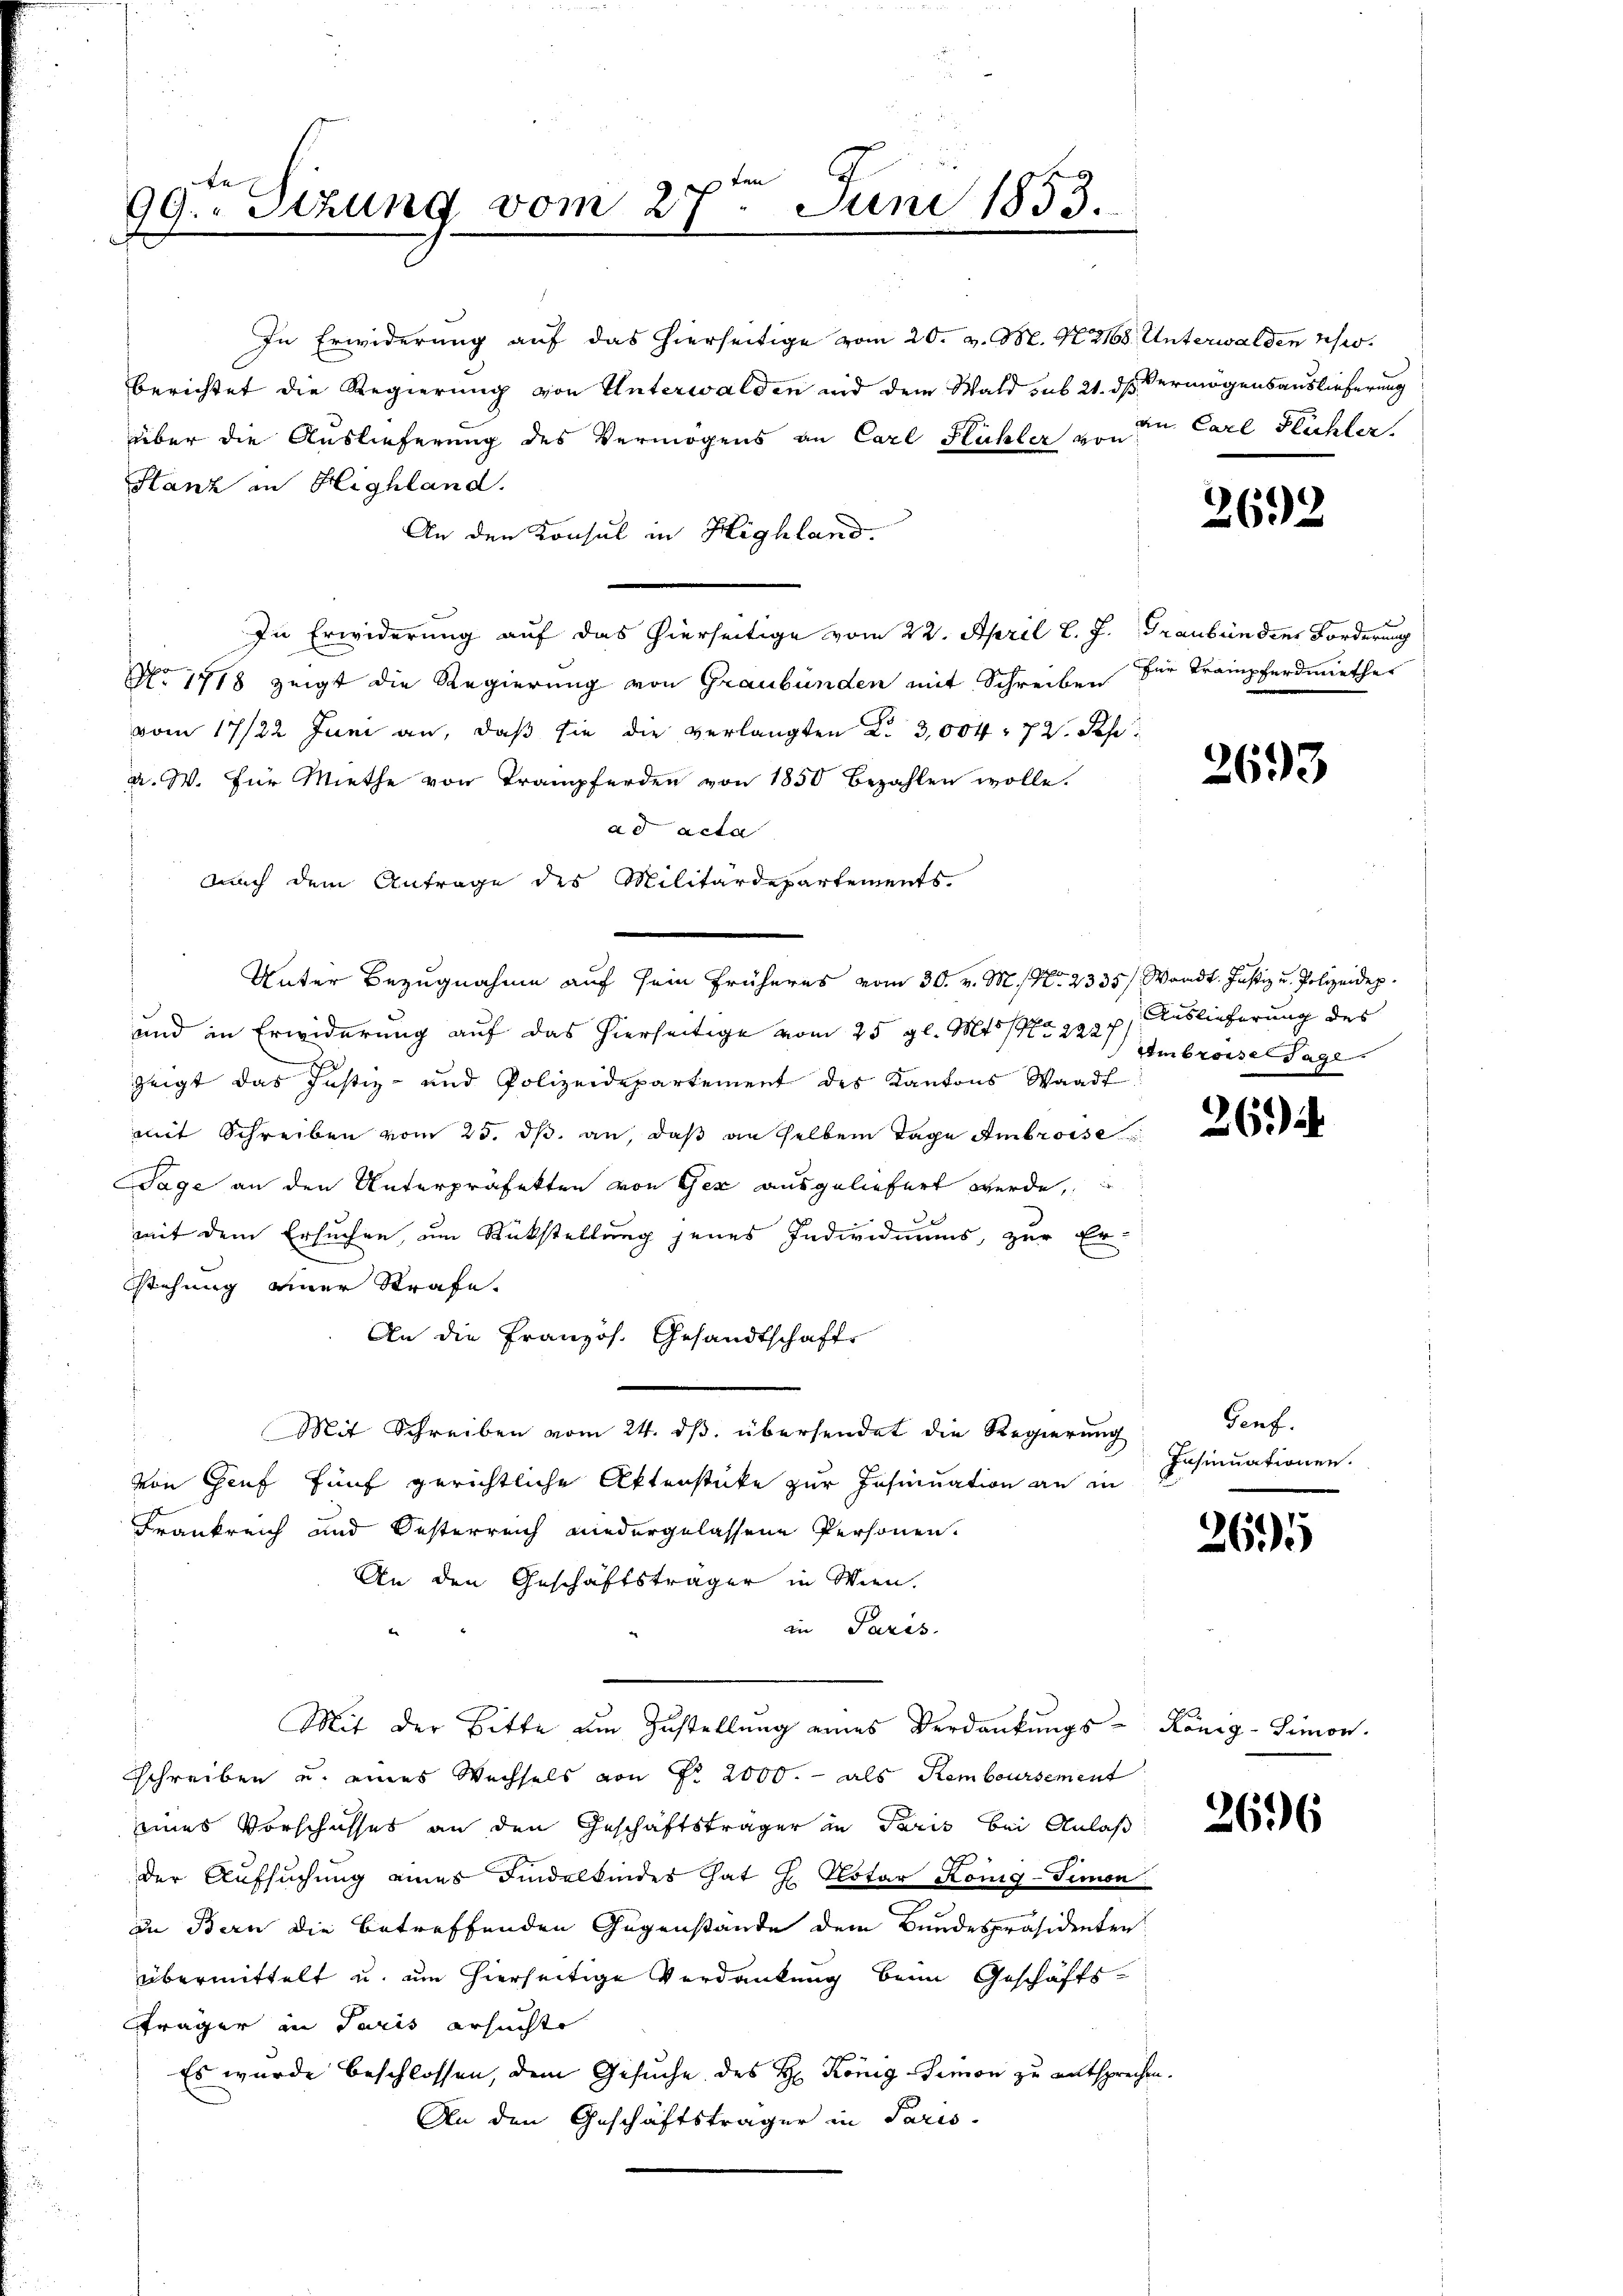
e
ten
e
99. Sitzung vom 27
Juni 1853.

In Erwiderung auf das hierseitige vom 20. v. M. N. 2108. Unterwalden usw.
berichtet die Regierung von Unterwalden und dem Wald sub 21. dß Vermögensauslieferung
über die Auslieferung des Vermögens an Carl Flühler u. in Carl Flüchter.
Stanz in Highland.
An den Konsul in Highland.
In Erwiderung auf das hierseitige vom 22. April l. J. Graubünden Forderung
No 1718 zeigt die Regierung von Graubünden mit Schreiben für Krampferdmiether
vom 17/22. Juni an, daβ sie die verlangten d. 3,004. 72. Seh
a. W. für Miethe von Trampferden von 1850 bezahlen wolle.
ad acta
nach dem Antrage des Militärdepartements
Unter Bezugnahme auf sein früheres vom 30. v. M. N. 2335/ Waadt. Justiz u. Polizeidep
und in Erwiderung auf das hierseitige vom 25. gl. Mts. S. 2227
zeigt das Justiz- und Polizeidepartement des Kantons Waadt
mit Schreiben vom 25. ds. an, daß an selben Tage Ambrosse
Tage an den Unterpräfekten von Gez ausgeliefert werde,
mit dem Ersuchen, um Rückstellung jenes Individuums, zur Er-
stehung einer Strafe.
An die Französ. Gesandtschaft
Mit Schreiben vom 24. ds. übersendet die Regierung
von Genf fünf gerichtliche Aktenstücke zur Insinuation an in
Frankreich und Oesterreich niedergelassene Personen.
An den Geschäftsträger in Wien.
in Paris.
Mit der Bitte am Zustellung eines Verdankŭngs-König-Simon
schreiben u. eines Wechsels von Fr. 2000.- als Remboursement
eines Vorschaffes an den Geschäftsträger in Paris bei Anlaß
der Aufsuchung eines Findelkindes hat H. Notar König-Simon
in Bern die betreffenden Gegenstände dem Bundespräsidenten
übermittelt u. um hierseitige Verdankung beim Geschäfts-
Fräger in Paris ersuchte
ert
Es wurde beschlossen, dem Gesuche des H. König Simon zu entsprechen
An den Geschäftsträger in Paris.

2612

2693

Auslieferung des
Ambrosse Tagl

26)

Genf.
Insinuationen.

265

2696